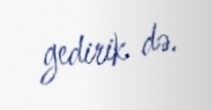
gedirik də.